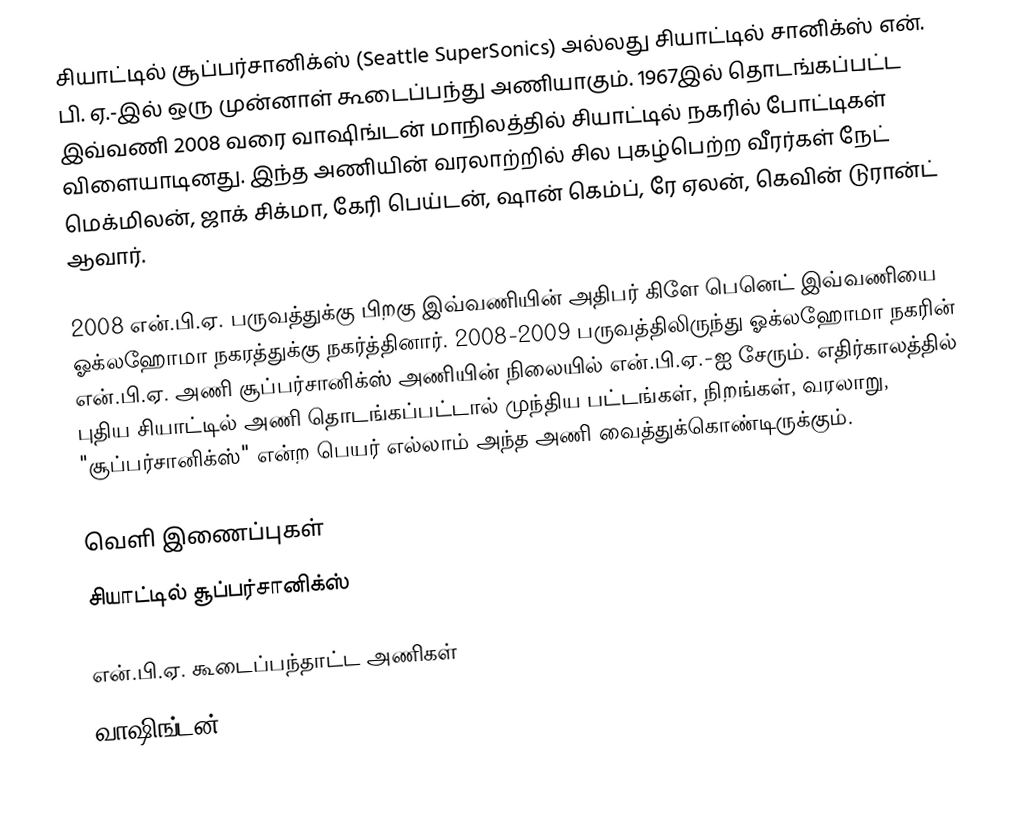
சியாட்டில் சூப்பர்சானிக்ஸ் (Seattle SuperSonics) அல்லது சியாட்டில் சானிக்ஸ் என். பி. ஏ.-இல் ஒரு முன்னாள் கூடைப்பந்து அணியாகும். 1967இல் தொடங்கப்பட்ட இவ்வணி 2008 வரை வாஷிங்டன் மாநிலத்தில் சியாட்டில் நகரில் போட்டிகள் விளையாடினது. இந்த அணியின் வரலாற்றில் சில புகழ்பெற்ற வீரர்கள் நேட் மெக்மிலன், ஜாக் சிக்மா, கேரி பெய்டன், ஷான் கெம்ப், ரே ஏலன், கெவின் டுரான்ட் ஆவார்.

2008 என்.பி.ஏ. பருவத்துக்கு பிறகு இவ்வணியின் அதிபர் கிளே பெனெட் இவ்வணியை ஓக்லஹோமா நகரத்துக்கு நகர்த்தினார். 2008-2009 பருவத்திலிருந்து ஓக்லஹோமா நகரின் என்.பி.ஏ. அணி சூப்பர்சானிக்ஸ் அணியின் நிலையில் என்.பி.ஏ.-ஐ சேரும். எதிர்காலத்தில் புதிய சியாட்டில் அணி தொடங்கப்பட்டால் முந்திய பட்டங்கள், நிறங்கள், வரலாறு, "சூப்பர்சானிக்ஸ்" என்ற பெயர் எல்லாம் அந்த அணி வைத்துக்கொண்டிருக்கும்.

வெளி இணைப்புகள்
 சியாட்டில் சூப்பர்சானிக்ஸ்

என்.பி.ஏ. கூடைப்பந்தாட்ட அணிகள்
வாஷிங்டன்